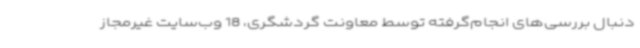
دنبال بررسی‌های انجام‌گرفته توسط معاونت گردشگری، 18 وب‌سایت غیرمجاز